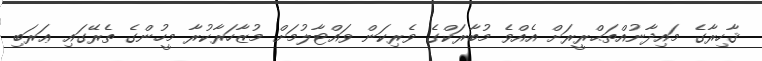
ޤާހިރާގެ މައިދާނުއްތަޙްރީރަށް އެއްވެ މުބާރަކްގެ ވެރިކަން ވައްޓާލުމަށް މުޒާހަރާކުރާ މީހުންގެ ތެރޭގައި ޢަރަބި